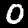
Label: 0